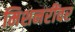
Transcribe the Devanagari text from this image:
मिशनरींवर